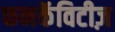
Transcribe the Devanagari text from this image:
कनकॅविटीज़